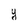
Character: y